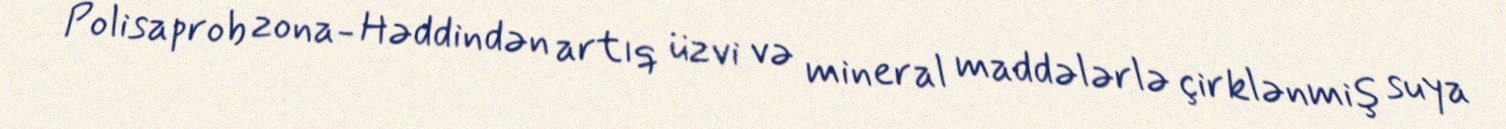
Polisaprob zona- Həddindən artıq üzvi və mineral maddələrlə çirklənmiş suya